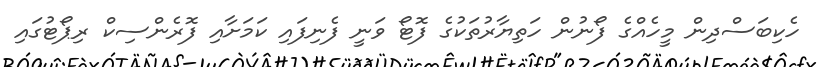
ހެކިބަސްދިން މީހެއްގެ ފޯނުން ހަތިޔާރުތަކުގެ ފޮޓޯ ވަނީ ފެނިފައި ކަމަށާއި ފޮރެންސިކް ރިޕޯޓުގައި